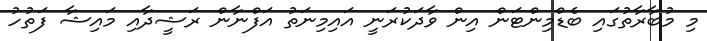
މި މުބާރާތުގައި ބެޑްމިންޓަން އިން ވާދަކުރަނީ އައިމިނަތު އަފްނާން ރަޝީދާއި މައިޝާ ފަތުހު